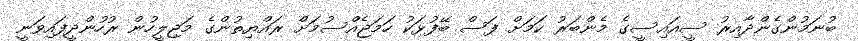
ބުނަމުންގެންދާއިރު ސީއައިސީގެ މެންބަރު ކަމަށް ފަސް ބޭފުޅަކު ހަމަޖެއްސުމަށް ރައްޔިތުންގެ މަޖިލީހުން ރުހުންދީފައިވަނީ